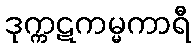
ဒုက္ကဋကမ္မကာရီ